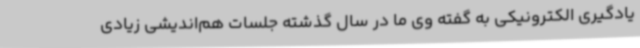
یادگیری الکترونیکی به گفته وی ما در سال گذشته جلسات هم‌اندیشی زیادی